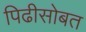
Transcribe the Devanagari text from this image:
पिढीसोबत